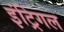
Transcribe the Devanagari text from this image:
इंट्रिगल